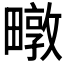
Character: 𮵃